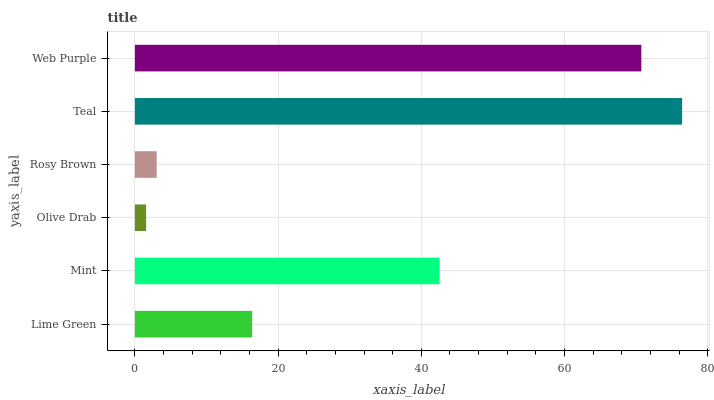
| yaxis_label | bars |
 | --- | --- |
 | Lime Green | 16.4 |
 | Mint | 42.6 |
 | Olive Drab | 1.57 |
 | Rosy Brown | 3.05 |
 | Teal | 76.4 |
 | Web Purple | 70.7 |